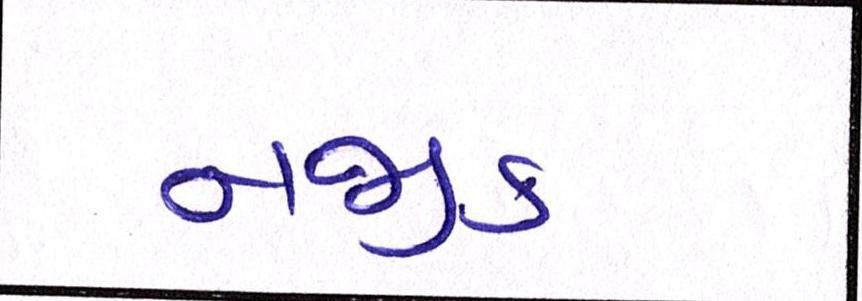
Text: નજીક